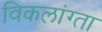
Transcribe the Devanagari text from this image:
विकलांग्‍ता